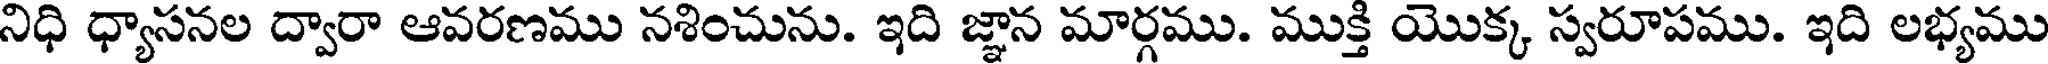
నిధి ధ్యాసనల ద్వారా ఆవరణము నశించును. ఇది జ్ఞాన మార్గము. ముక్తి యొక్క స్వరూపము. ఇది లభ్యము